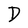
Character: D